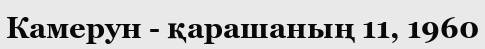
Камерун - қарашаның 11, 1960